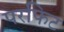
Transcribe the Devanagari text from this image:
परफिट